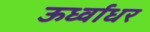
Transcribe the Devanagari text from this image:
ऊर्ध्‍वाधर